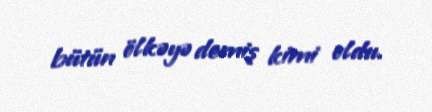
bütün ölkəyə demiş kimi oldu.